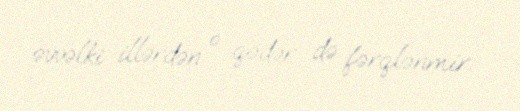
əvvəlki illərdən o qədər də fərqlənmir.